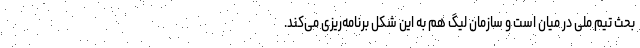
بحث تیم ملی در میان است و سازمان لیگ هم به این شکل برنامه‌ریزی می‌کند.